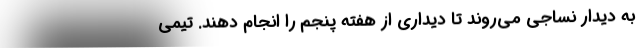
به دیدار نساجی می‌روند تا دیداری از هفته پنجم را انجام دهند. تیمی